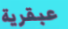
عبقرية